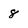
Character: 8